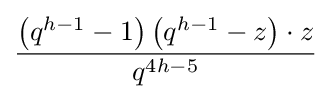
{\frac {\left(q^{h-1}-1\right)\left(q^{h-1}-z\right)\cdot z}{q^{4h-5}}}